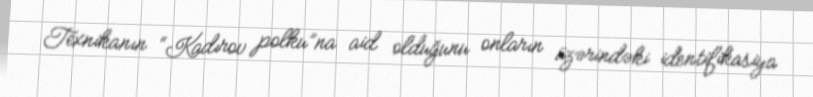
Texnikanın “Kadırov polku”na aid olduğunu onların üzərindəki identifikasiya